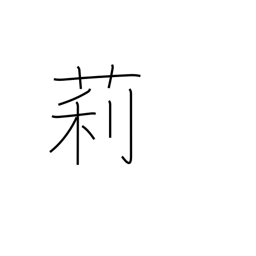
Meaning: jasmine